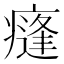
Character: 𭼣